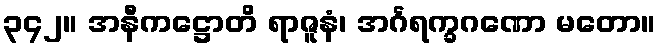
၃၄၂။ အနီကဋ္ဌောတိ ရာဇူနံ၊ အင်္ဂရက္ခဂဏော မတော။